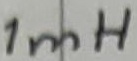
Text: 1mH